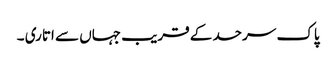
پاک سرحد کے قریب جہاں سے اتاری ۔